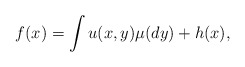
\begin{align*}f(x)=\int u(x,y)\mu(dy)+ h(x),\end{align*}